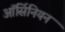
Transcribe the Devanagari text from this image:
ऑर्सिनियन